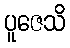
ပူဇေသိ